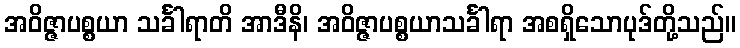
အဝိဇ္ဇာပစ္စယာ သင်္ခါရာတိ အာဒီနိ၊ အဝိဇ္ဇာပစ္စယာသင်္ခါရာ အစရှိသောပုဒ်တို့သည်။